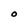
Character: O